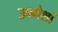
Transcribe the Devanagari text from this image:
उन्मेशों